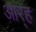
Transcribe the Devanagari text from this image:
आर्‍ह